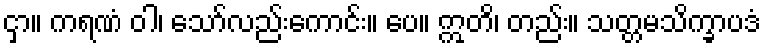
ငှာ။ ကရဏံ ဝါ၊ သော်လည်းကောင်း။ ပေ။ ဣတိ၊ တည်း။ သတ္တမသိက္ခာပဒံ